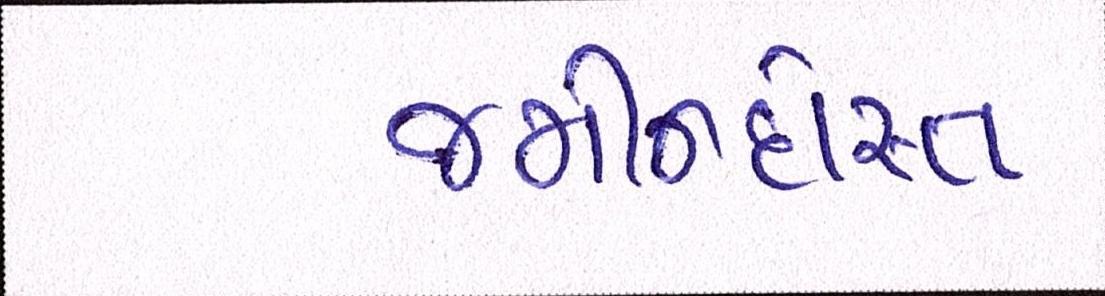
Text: જમીનદોસ્ત